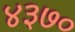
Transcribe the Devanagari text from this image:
४३७०